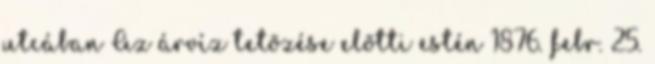
utcában Az árvíz tetõzése elõtti estén 1876. febr. 25.